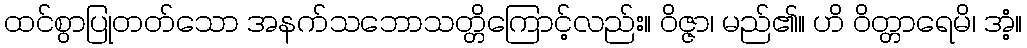
ထင်စွာပြုတတ်သော အနက်သဘောသတ္တိကြောင့်လည်း။ ဝိဇ္ဇာ၊ မည်၏။ ဟိ ဝိတ္တာရေမိ၊ အံ့။